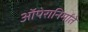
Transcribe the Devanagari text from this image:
ऑपेरानिर्माते